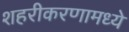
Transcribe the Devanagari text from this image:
शहरीकरणामध्ये